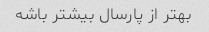
بهتر از پارسال بیشتر باشه